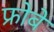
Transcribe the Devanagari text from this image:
फ्रोबे